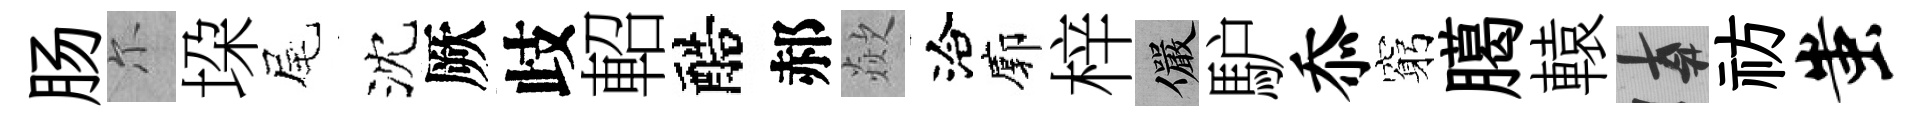
肠尓垜尾沈厥歧軺醅郝歘洽廓梓儼馿忝窮臈轅遲祊蚩